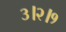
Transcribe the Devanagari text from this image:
३।२।१